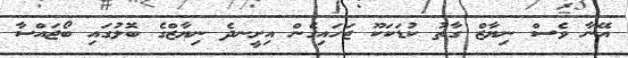
އޭނާ ވެސް ނިޔާޒް ގާތު ކުޑަކަކޫ ޖަހައިގެން އިށީނދެ ނިޔާޒްގެ ބޮލުގައި ބޯޖައްސާ